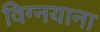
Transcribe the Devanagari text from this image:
विग्नयाना